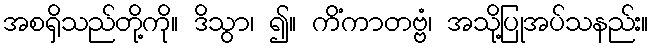
အစရှိသည်တို့ကို။ ဒိသွာ၊ ၍။ ကိံကာတဗ္ဗံ၊ အသို့ပြုအပ်သနည်း။